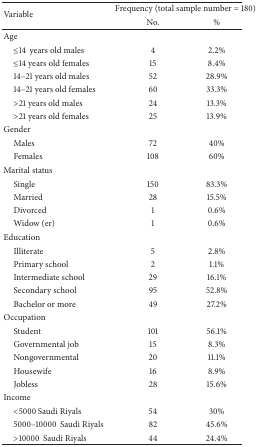
<table><thead><tr><td rowspan="2"><b>Variable</b></td><td colspan="2"><b>Frequency (total sample number = 180)</b></td></tr><tr><td><b>No.</b></td><td><b>%</b></td></tr></thead><tbody><tr><td>Age</td><td> </td><td> </td></tr><tr><td> ≤14 years old males</td><td>4</td><td>2.2%</td></tr><tr><td> ≤14 years old females</td><td>15</td><td>8.4%</td></tr><tr><td> 14–21 years old males</td><td>52</td><td>28.9%</td></tr><tr><td> 14–21 years old females</td><td>60</td><td>33.3%</td></tr><tr><td> &gt;21 years old males</td><td>24</td><td>13.3%</td></tr><tr><td> &gt;21 years old females</td><td>25</td><td>13.9%</td></tr><tr><td>Gender</td><td> </td><td> </td></tr><tr><td> Males</td><td>72</td><td>40%</td></tr><tr><td> Females</td><td>108</td><td>60%</td></tr><tr><td>Marital status</td><td> </td><td> </td></tr><tr><td> Single </td><td>150</td><td>83.3%</td></tr><tr><td> Married</td><td>28</td><td>15.5%</td></tr><tr><td> Divorced</td><td>1</td><td>0.6%</td></tr><tr><td> Widow (er)</td><td>1</td><td>0.6%</td></tr><tr><td>Education</td><td> </td><td> </td></tr><tr><td> Illiterate</td><td>5</td><td>2.8%</td></tr><tr><td> Primary school</td><td>2</td><td>1.1%</td></tr><tr><td> Intermediate school</td><td>29</td><td>16.1%</td></tr><tr><td> Secondary school</td><td>95</td><td>52.8%</td></tr><tr><td> Bachelor or more</td><td>49</td><td>27.2%</td></tr><tr><td>Occupation</td><td> </td><td> </td></tr><tr><td> Student</td><td>101</td><td>56.1%</td></tr><tr><td> Governmental job</td><td>15</td><td>8.3%</td></tr><tr><td> Nongovernmental</td><td>20</td><td>11.1%</td></tr><tr><td> Housewife</td><td>16</td><td>8.9%</td></tr><tr><td> Jobless</td><td>28</td><td>15.6%</td></tr><tr><td>Income</td><td> </td><td> </td></tr><tr><td> &lt;5000 Saudi Riyals</td><td>54</td><td>30%</td></tr><tr><td> 5000–10000Saudi Riyals</td><td>82</td><td>45.6%</td></tr><tr><td> &gt;10000Saudi Riyals</td><td>44</td><td>24.4%</td></tr></tbody></table>